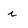
Character: i